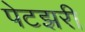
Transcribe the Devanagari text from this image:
पेटझरी